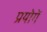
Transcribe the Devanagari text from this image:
प्रयोगें